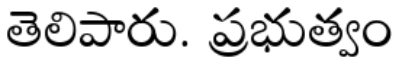
తెలిపారు. ప్రభుత్వం